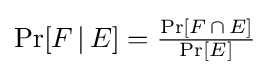
{\textstyle \operatorname {Pr} [F\,|\,E]={\frac {\operatorname {Pr} [F\,\cap \,E]}{\operatorname {Pr} [E]}}}